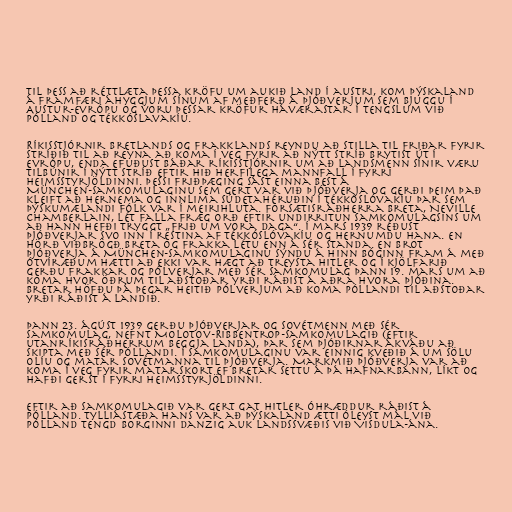
Til þess að réttlæta þessa kröfu um aukið land í austri, kom Þýskaland
á framfæri áhyggjum sínum af meðferð á Þjóðverjum sem bjuggu í
Austur-Evrópu og voru þessar kröfur háværastar í tengslum við
Pólland og Tékkóslavakíu.

Ríkisstjórnir Bretlands og Frakklands reyndu að stilla til friðar fyrir
stríðið til að reyna að koma í veg fyrir að nýtt stríð brytist út í
Evrópu, enda efuðust báðar ríkisstjórnir um að landsmenn sínir væru
tilbúnir í nýtt stríð eftir hið herfilega mannfall í fyrri
heimsstyrjöldinni. Þessi friðþæging sást einna best á
München-samkomulaginu sem gert var við Þjóðverja og gerði þeim það
kleift að hernema og innlima Súdetahéruðin í Tékkóslóvakíu þar sem
þýskumælandi fólk var í meirihluta. Forsætisráðherra Breta, Neville
Chamberlain, lét falla fræg orð eftir undirritun samkomulagsins um
að hann hefði tryggt „frið um vora daga“. Í mars 1939 réðust
Þjóðverjar svo inn í restina af Tékkóslóvakíu og hernumdu hana. En
hörð viðbrögð Breta og Frakka létu enn á sér standa. En brot
Þjóðverja á München-samkomulaginu sýndu á hinn bóginn fram á með
ótvíræðum hætti að ekki var hægt að treysta Hitler og í kjölfarið
gerðu Frakkar og Pólverjar með sér samkomulag þann 19. mars um að
koma hvor öðrum til aðstoðar yrði ráðist á aðra hvora þjóðina.
Bretar höfðu þá þegar heitið Pólverjum að koma Póllandi til aðstoðar
yrði ráðist á landið.

Þann 23. ágúst 1939 gerðu Þjóðverjar og Sovétmenn með sér
samkomulag, nefnt Molotov-Ribbentrop-samkomulagið (eftir
utanríkisráðherrum beggja landa), þar sem þjóðirnar ákváðu að
skipta með sér Póllandi. Í samkomulaginu var einnig kveðið á um sölu
olíu og matar Sovétmanna til Þjóðverja. Markmið Þjóðverja var að
koma í veg fyrir matarskort ef Bretar settu á þá hafnarbann, líkt og
hafði gerst í fyrri heimsstyrjöldinni.

Eftir að samkomulagið var gert gat Hitler óhræddur ráðist á
Pólland. Tylliástæða hans var að Þýskaland ætti óleyst mál við
Pólland tengd borginni Danzig auk landssvæðis við Visdula-ána.